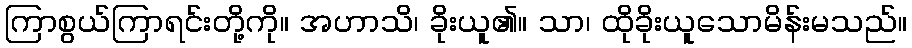
ကြာစွယ်ကြာရင်းတို့ကို။ အဟာသိ၊ ခိုးယူ၏။ သာ၊ ထိုခိုးယူသောမိန်းမသည်။